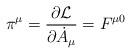
LaTeX: \begin{align*}\pi^{\mu} = \frac{\partial{\cal L}}{\partial {\dot{A}}_{\mu}} = F^{\mu 0}\end{align*}